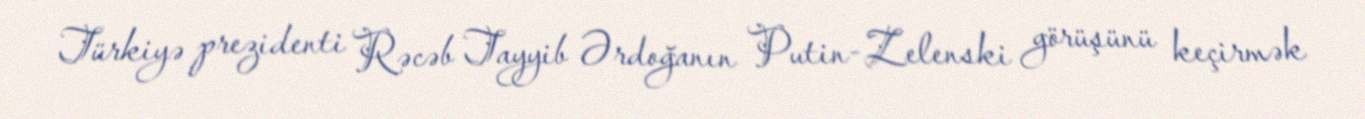
Türkiyə prezidenti Rəcəb Tayyib Ərdoğanın Putin-Zelenski görüşünü keçirmək